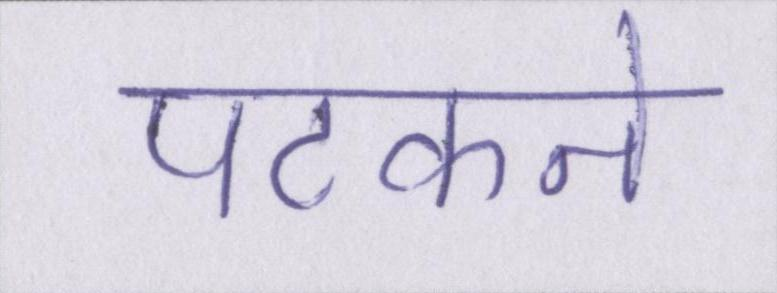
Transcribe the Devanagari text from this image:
पटकने